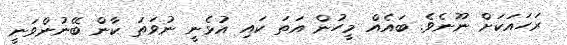
ރަހައަކަށް ނޫނެވެ. ބައެއް މީހުން އަތަ ކައި އުޅެނީ ނުވަތަ ކާން ބޭނުންވަނީ